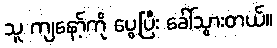
သူ ကျနော့်ကို ပွေ့ပြီး ခေါ်သွားတယ်။